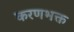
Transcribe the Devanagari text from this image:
करणभक्त